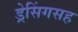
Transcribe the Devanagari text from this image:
ड्रेसिंगसह